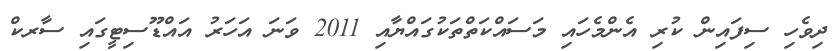
ދިވެހި ސިފައިން ކުރި އެންމެހައި މަސައްކަތްތަކުގައްޔާއި 2011 ވަނަ އަހަރު އައްޑޫސިޓީގައި ސާރކް